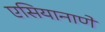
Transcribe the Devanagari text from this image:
एसियानाणे